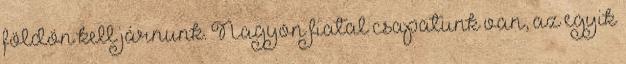
földön kell járnunk. Nagyon fiatal csapatunk van, az egyik